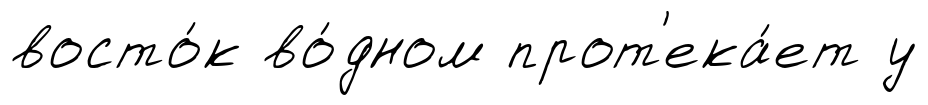
восто́к во́дном прот'ека́ет у